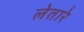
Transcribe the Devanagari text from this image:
लेतारे